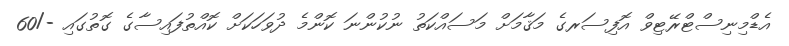
އެޑްމިނިސްޓްރޭޓިވް އޮފިސަރގެ މަޤާމަށް މަސައްކަތު ނުކުންނަ ކޮންމެ ދުވަހަކަށް ކޮއްތުފައިސާގެ ގޮތުގައި -/60